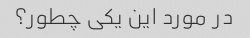
در مورد این یکی چطور؟